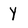
Character: Y